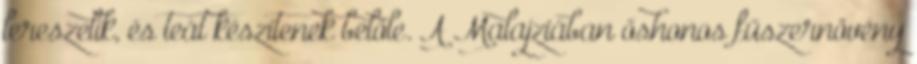
lereszelik, és teát készítenek belőle. A Malajziában őshonos fűszernövény